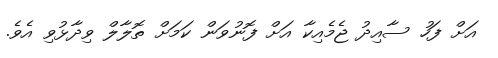
އަށް ފަހު ސާއިދު ޖެމެއިކާ އަށް ފޮނުވަން ކަމަށް ތޮލާލް ވިދާޅުވި އެވެ.